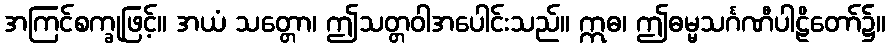
အကြင်စက္ခုဖြင့်။ အယံ သတ္တော၊ ဤသတ္တဝါအပေါင်းသည်။ ဣဓ၊ ဤဓမ္မသင်္ဂဏီပါဠိတော်၌။